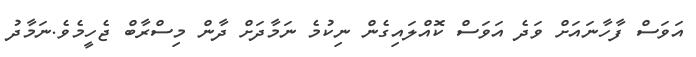
އަވަސް ފާހާނައަށް ވަދެ އަވަސް ކޮއްލައިގެން ނިކުމެ ނަމާދަށް ދާން މިސްރާބް ޖެހީމެވެ.ނަމާދު